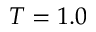
T = 1 . 0